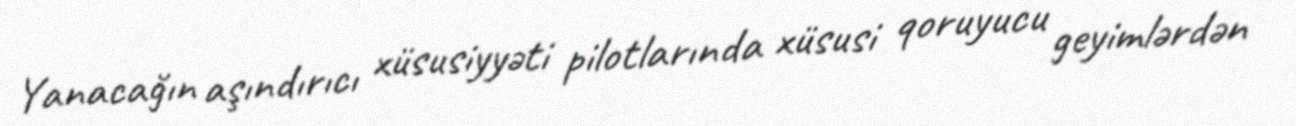
Yanacağın aşındırıcı xüsusiyyəti pilotlarında xüsusi qoruyucu geyimlərdən